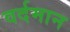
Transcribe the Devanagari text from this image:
वर्दमान